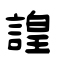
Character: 諻